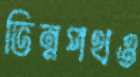
ভিন্নপথও